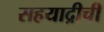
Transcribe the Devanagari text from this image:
सहयाद्रीची